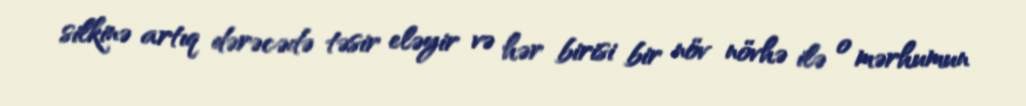
silkinə artıq dərəcədə təsir eləyir və hər birisi bir növ növhə ilə o mərhumun